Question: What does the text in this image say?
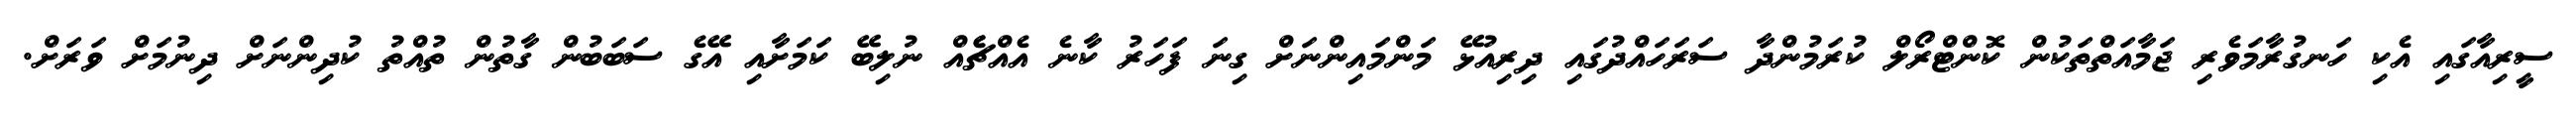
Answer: ސީރިއާގައި އެކި ހަނގުރާމަވެރި ޖަމާއަތްތަކުން ކޮންޓްރޯލް ކުރަމުންދާ ސަރަހައްދުގައި ދިރިއުޅޭ މަންމައިންނަށް ގިނަ ފަހަރު ކާނެ އެއްޗެެއް ނުލިބޭ ކަމަށާއި އޭގެ ސަބަބުން ގާތުން ތުއްތު ކުދިންނަށް ދިނުމަށް ވަރަށް.